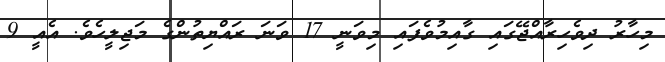
މިހާރު ދިވެހިރާއްޖޭގައި ގާއިމުވެފައި މިވަނީ 17 ވަނަ ރައްޔިތުންގެ މަޖިލީހެވެ. އެއީ 9